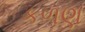
કળણ